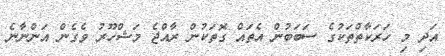
އަދި މި ހަރަކާތްތަކުގެ ސަބަބުން އެތައް ގޮތަކުން ރާއްޖެ މަޝްހޫރު ވެގެން އަންނާނެ